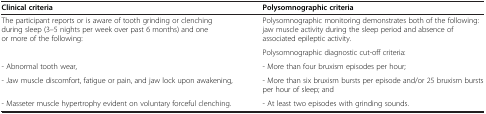
| Clinical criteria | Polysomnographic criteria |
 | --- | --- |
 | <ROWSPAN=2> The participant reports or is aware of tooth grinding or clenching during sleep (3–5 nights per week over past 6 months) and one or more of the following: | Polysomnographic monitoring demonstrates both of the following: jaw muscle activity during the sleep period and absence of associated epileptic activity. |
 | Polysomnographic diagnostic cut-off criteria: |
 | - Abnormal tooth wear, | - More than four bruxism episodes per hour; |
 | - Jaw muscle discomfort, fatigue or pain, and jaw lock upon awakening, | - More than six bruxism bursts per episode and/or 25 bruxism bursts per hour of sleep; and |
 | - Masseter muscle hypertrophy evident on voluntary forceful clenching. | - At least two episodes with grinding sounds. |